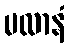
မလာနံ